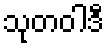
သုတဝါဒီ